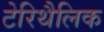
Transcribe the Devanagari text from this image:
टेरिथैलिक